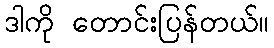
ဒါကို တောင်းပြန်တယ်။